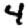
Digit: 4